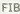
FIB